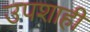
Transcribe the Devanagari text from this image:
उपशाही